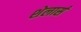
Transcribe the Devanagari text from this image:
शेलार्स